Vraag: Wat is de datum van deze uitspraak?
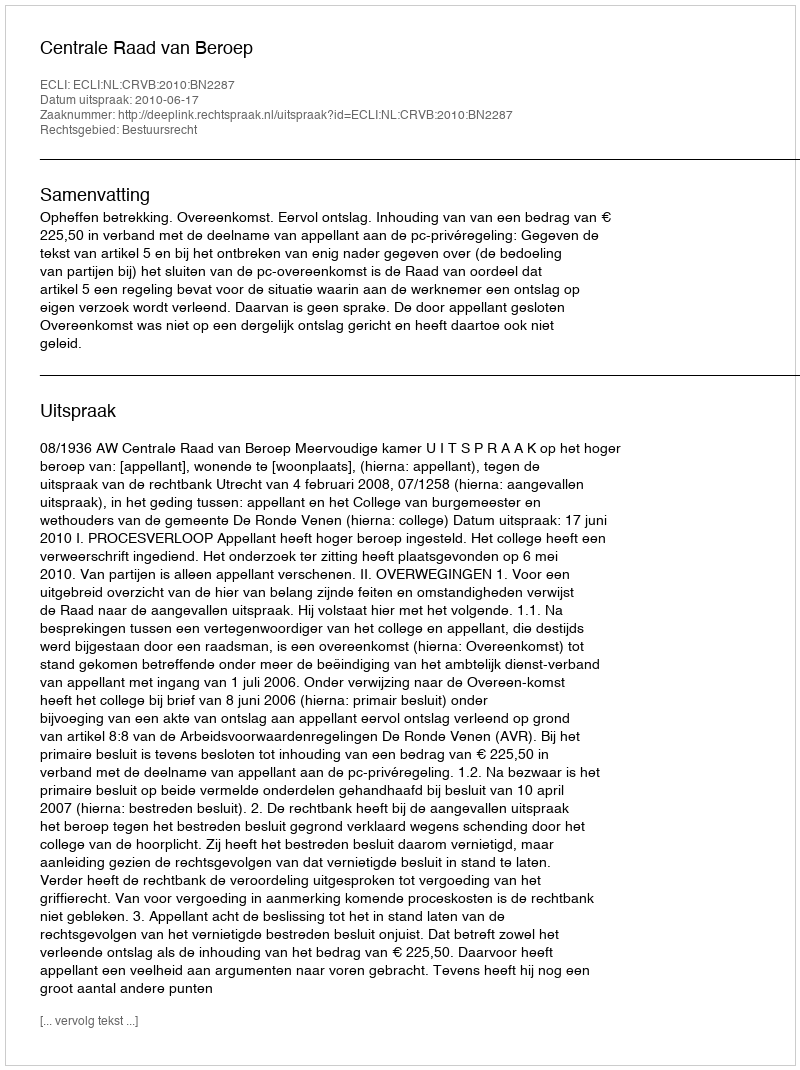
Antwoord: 2010-06-17